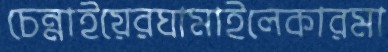
চেন্নাইয়েরঘামাইলেকারমা